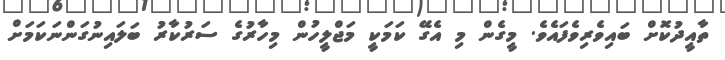
ތާއީދުކޮށް ބައިވެރިވެފައެވެ. މީގެން މި އެގޭ ކަމަކީ މަޖްލީހުން މިހާރުގެ ސަރުކާރު ބަލައިނުގަންނަކަމަށް